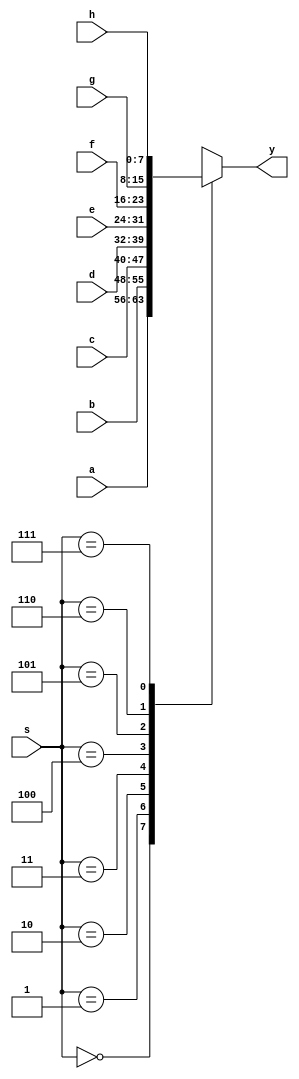
// an 8-bit 8:1 multiplexer
//
`timescale 1 ns / 1 ns // timescale for following modules

module mx81_8 (a,
   b,
   c,
   d,
   e,
   f,
   g,
   h,
   s,
   y);
input   [7:0] a; //  a inputs

input   [7:0] b; //  b inputs

input   [7:0] c; //  c inputs

input   [7:0] d; //  d inputs

input   [7:0] e; //  e inputs

input   [7:0] f; //  f inputs

input   [7:0] g; //  g inputs

input   [7:0] h; //  h inputs

input   [2:0] s; //  Select

output  [7:0] y; //  y outputs

// ---------------------------------------------------------------------------
// 
//   Architecture body
// 
// ---------------------------------------------------------------------------
reg     [7:0] y; 
always @(a or b or c or d or e
 or f or g or h or s)
   begin
   case (s)
   3'b 000:
      begin
      y <= a;
      end
   3'b 001:
      begin
      y <= b;
      end
   3'b 010:
      begin
      y <= c;
      end
   3'b 011:
      begin
      y <= d;
      end
   3'b 100:
      begin
      y <= e;
      end
   3'b 101:
      begin
      y <= f;
      end
   3'b 110:
      begin
      y <= g;
      end
   3'b 111:
      begin
      y <= h;
      end
   default:
      begin
      y <= {{{{{{{1'b x , 1'b x} , 1'b x} , 1'b x} , 1'b x} , 1'b x} , 1'b x} , 1'b x};
      end
   endcase
   end

endmodule // module mx81_8